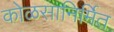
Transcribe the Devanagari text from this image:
कोळसानिर्मित